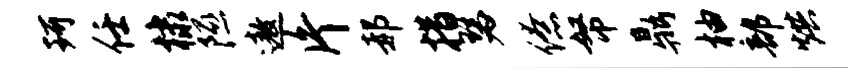
珂任棣隰遨片郝措瑟僚帑鼎柚部烘